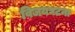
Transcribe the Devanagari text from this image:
विजयघटना